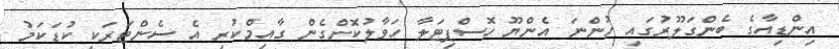
އިންޑިއާގެ ބެންގަލޫރުގައި ހުންނަ އެންޔޫ ހޮސްޕިޓަލާ ހަވާލުކޮށްގެން ގާއިމްކުރި އެ ސެންޓަރަކީ ކުޑަކަމު